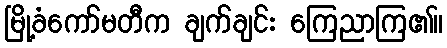
မြို့ခံကော်မတီက ချက်ချင်း ကြေညာကြ၏။